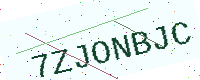
Text: 7ZJONBJC